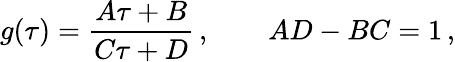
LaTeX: g(\tau)=\frac{A\tau+B}{C\tau+D}\, ,\qquad AD-BC=1\, ,